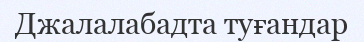
Джалалабадта туғандар